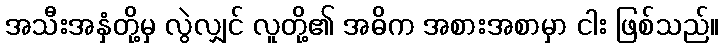
အသီးအနှံတို့မှ လွဲလျှင် လူတို့၏ အဓိက အစားအစာမှာ ငါး ဖြစ်သည်။